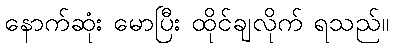
နောက်ဆုံး မောပြီး ထိုင်ချလိုက် ရသည်။